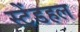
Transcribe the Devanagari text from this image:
स्टेंडहल